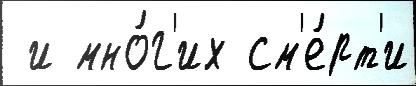
 и мно́г'их см'е́рт'и